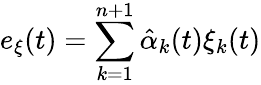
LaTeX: e_{\xi}(t)=\sum_{k=1}^{n+1}{\hat{\alpha}}_{k}(t)\xi_{k}(t)